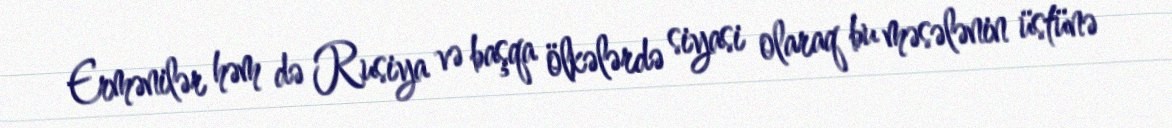
Ermənilər həm də Rusiya və başqa ölkələrdə siyasi olaraq bu məsələnin üstünə